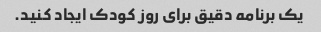
یک برنامه دقیق برای روز کودک ایجاد کنید.